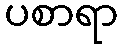
ပစာရာ